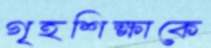
গৃহশিক্ষাকে